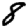
Digit: 8